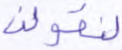
لنقولن